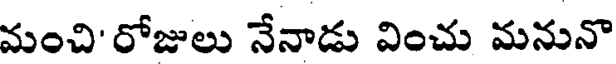
మంచి'రోజులు నేనాడు వించు మనునొ